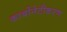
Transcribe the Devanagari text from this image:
कार्बोनेटीकरण